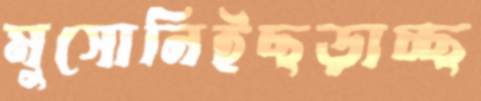
মুসোনিইছড়াচ্ছ